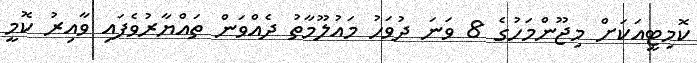
ކޮމިޓީއަކަށް މިޖޫންމަހުގެ 8 ވަނަ ދުވަހު މައުލޫމާތު ދެއްވަން ތައްޔާރުވެފައި ވާއިރު ކޮމީ